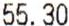
55.30